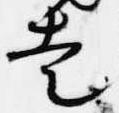
走